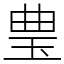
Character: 㻃